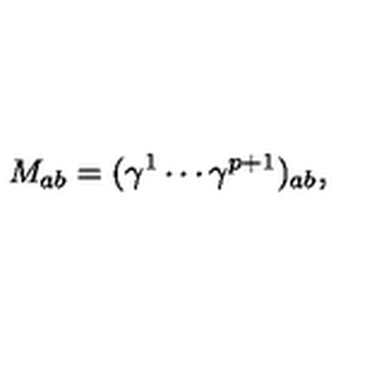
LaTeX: M _ { a b } = ( \gamma ^ { 1 } \cdots \gamma ^ { p + 1 } ) _ { a b } ,